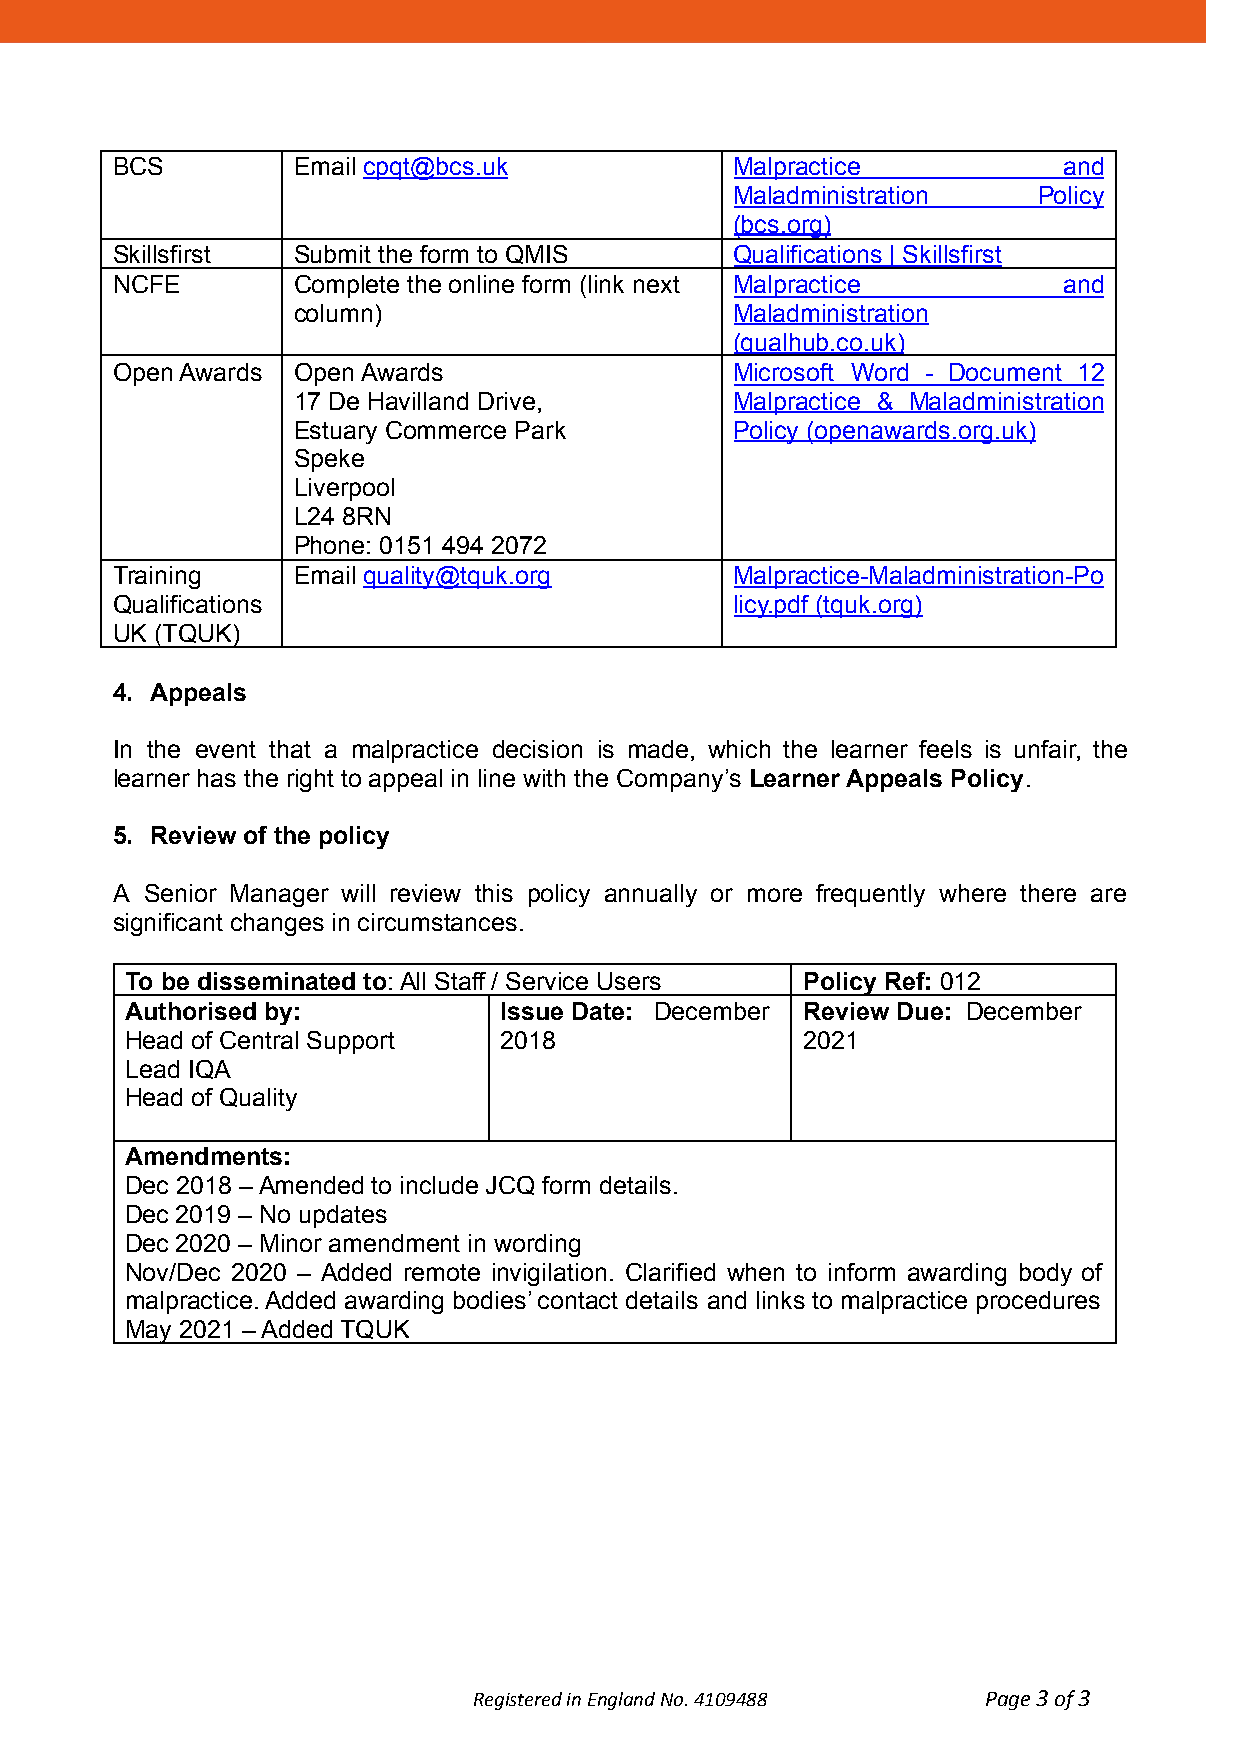
BCS         Email cpqt@bcs.uk             Malpractice          and
 Maladministration   Policy
 (bcs.org)
 Skillsfirst Submit the form to QMIS       Qualifications | Skillsfirst
 NCFE        Complete the online form (link next Malpractice    and
 column)                       Maladministration
 (qualhub.co.uk)
 Open Awards Open Awards                   Microsoft Word - Document 12
 17 De Havilland Drive,        Malpractice & Maladministration
 Estuary Commerce Park         Policy (openawards.org.uk)
 Speke
 Liverpool
 L24 8RN
 Phone: 0151 494 2072
 Training    Email quality@tquk.org        Malpractice-Maladministration-Po
 Qualifications                            licy.pdf (tquk.org)
 UK (TQUK)
 4. Appeals
 In the event that a malpractice decision is made, which the learner feels is unfair, the
 learner has the right to appeal in line with the Company’s Learner Appeals Policy.
 5. Review of the policy
 A  Senior Manager will review this policy annually or more frequently where there are
 significant changes in circumstances.
 To be disseminated to: All Staff / Service Users Policy Ref: 012
 Authorised by:           Issue Date: December Review Due: December
 Head of Central Support  2018                2021
 Lead IQA
 Head of Quality
 Amendments:
 Dec 2018 – Amended to include JCQ form details.
 Dec 2019 – No updates
 Dec 2020 – Minor amendment in wording
 Nov/Dec 2020 – Added remote invigilation. Clarified when to inform awarding body of
 malpractice. Added awarding bodies’ contact details and links to malpractice procedures
 May 2021 – Added TQUK
 Registered in England No. 4109488 Page3of3